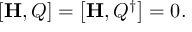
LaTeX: \left[ { \bf H } , Q \right] = \left[ { \bf H } , Q ^ { \dagger } \right] = 0 .